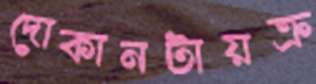
দোকানটায়ক্র